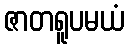
ဇာတရူပမယံ